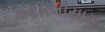
આમલીયારા